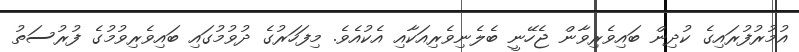
އުމުރުފުރައިގެ ކުދިން ބައިވެރިވާން ޖެހޭނީ ބެލެނިވެރިއަކާއި އެކުއެވެ. މިފަހަރުގެ ދުވުމުގައި ބައިވެރިވުމުގެ ފުރުސަތު